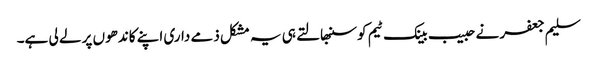
سلیم جعفر نے حبیب بینک ٹیم کو سنبھالتے ہی یہ مشکل ذمے داری اپنے کاندھوں پر لے لی ہے۔